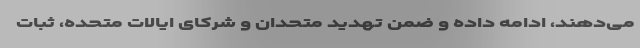
می‌دهند، ادامه داده و ضمن تهدید متحدان و شرکای ایالات متحده، ثبات